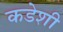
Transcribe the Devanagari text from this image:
कडेशी